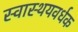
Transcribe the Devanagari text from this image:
स्वास्थयवर्धक